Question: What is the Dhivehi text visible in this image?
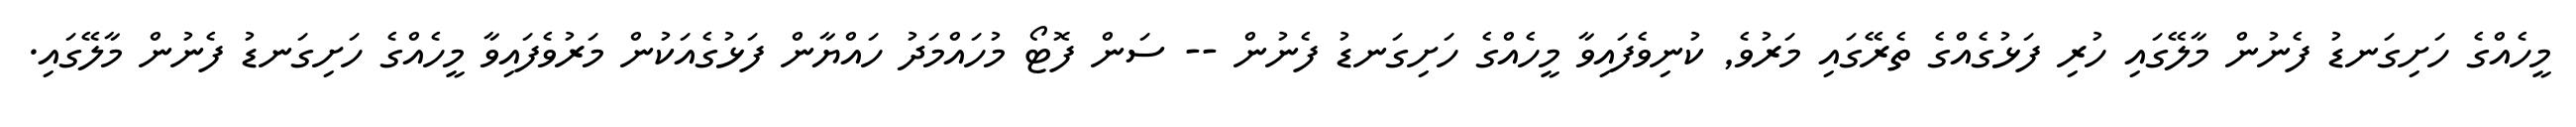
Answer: މީހެއްގެ ހަށިގަނޑު ފެނުން މާލޭގައި ހުރި ފަޅުގެއްގެ ތެރޭގައި މަރުވެ, ކުނިވެފައިވާ މީހެއްގެ ހަށިގަނޑު ފެނުން -- ސަން ފޮޓޯ މުހައްމަދު ހައްޔާން ފަޅުގެއަކުން މަރުވެފައިވާ މީހެއްގެ ހަށިގަނޑު ފެނުން މާލޭގައި.